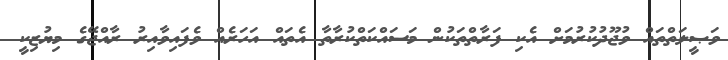
ވަޞީލަތްތައް ވުޖޫދުުކުރުމަށް އެކި ފަރާތްތަކުން މަސައްކަތްކުރާތާ އެތައް އަހަރެއް ވެފައިވާއިރު ރާއްޖޭގެ މިޔުޒިކީ